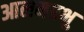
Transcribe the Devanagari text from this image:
आलमप्रभु